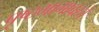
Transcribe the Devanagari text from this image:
पृष्ठभागावरचे